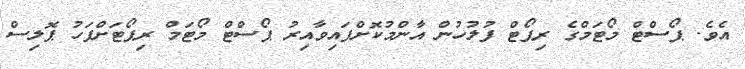
އެވެ. ޕޯސްޓް މޯޓަމްގެ ރިޕޯޓް ފުލުހުން އާންމުކޮށްފައިވާއިރު ޕޯސްޓް މޯޓަމް ރިޕޯޓަށްފަހު ޕޮލިސް